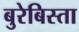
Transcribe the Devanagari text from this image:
बुरेबिस्ता